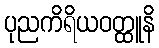
ပုညကိရိယဝတ္ထူနိ